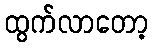
ထွက်လာတော့